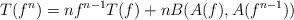
LaTeX: \begin{align*} T(f^{n})= nf^{n-1}T(f)+nB(A(f), A(f^{n-1}))\end{align*}